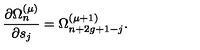
{ \frac { \partial \Omega _ { n } ^ { ( \mu ) } } { \partial s _ { j } } } = \Omega _ { n + 2 g + 1 - j } ^ { ( \mu + 1 ) } .